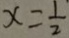
x = \frac { 1 } { 2 }